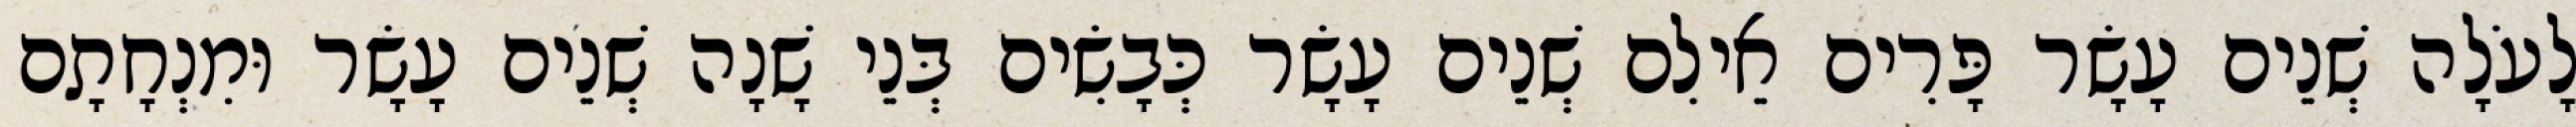
לָעֹלָה שְׁנֵים עָשָׂר פָּרִים אֵילִם שְׁנֵים עָשָׂר כְּבָשִׂים בְּנֵי שָׁנָה שְׁנֵים עָשָׂר וּמִנְחָתָם